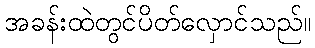
အခန်းထဲတွင်ပိတ်လှောင်သည်။